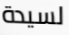
لسيدة